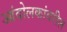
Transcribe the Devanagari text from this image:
आंदोलकांवरील